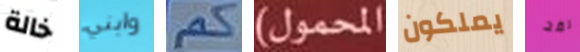
خالة وابني كم المحمول) يملكون لقد